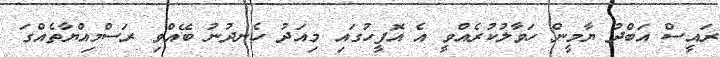
ރައީސް އަބްދު ޔާމީން ހަވާލުކުރެއްވީ އެ އޮފީހުގައި މިއަދު ހެނދުނު ބޭއްވި ރަސްމިއްޔާތެއްގަ